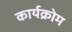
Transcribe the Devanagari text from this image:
कार्यक्रोम